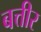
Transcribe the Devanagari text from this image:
बत्तीर